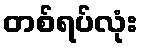
တစ်ရပ်လုံး